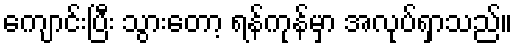
ကျောင်းပြီး သွားတော့ ရန်ကုန်မှာ အလုပ်ရှာသည်။